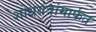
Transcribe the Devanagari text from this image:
शोधयंत्रांमार्फत